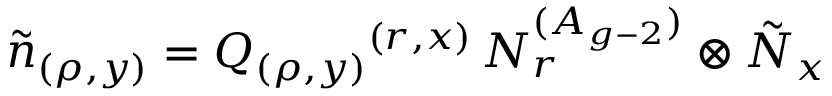
\tilde { n } _ { ( \rho , y ) } = Q _ { ( \rho , y ) } { } ^ { ( r , x ) } \, N _ { r } ^ { ( A _ { g - 2 } ) } \otimes \tilde { N } _ { x }